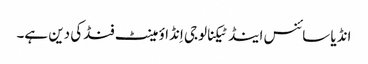
انڈیا سائنس اینڈ ٹیکنالوجی اِنڈاؤمینٹ فنڈکی دین ہے۔